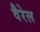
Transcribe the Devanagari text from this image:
वैरेल